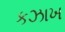
કઝાખ